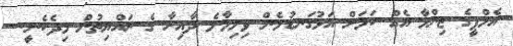
އެމްޕީގެ ޒިންމާ އެއް ކަމަށް އަޅުގަނޑުމެން ވިލިމާލެ ދާއިރާ ގެ ރައްޔިތުން މިދެކެނީ.